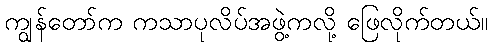
ကျွန်တော်က ကသာပုလိပ်အဖွဲ့ကလို့ ဖြေလိုက်တယ်။